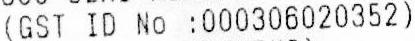
(GST ID NO :000306020352)